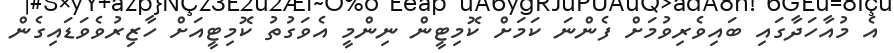
އެ މުއާހަދާގައި ބައިވެރިވުމަށް ފެންނަ ކަމަށް ކޮމިޓީން ނިންމީ އެވަގުތު ކޮމިޓީއަށް ހާޒިރުވެވަޑައިގެން